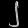
Digit: ၂